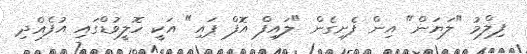
ފިލްމު "ލަޔަން" އިން ފެށިގެން "ލައިފް އޮފް ޕައި" އަކީ ހޮލީވުޑްގައި އުފެއްދި